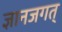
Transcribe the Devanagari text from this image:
ज्ञानजगत्‌